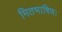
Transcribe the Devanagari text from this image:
मितभाषिणः